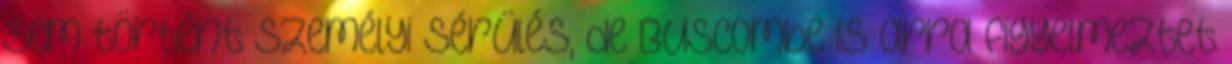
sem történt személyi sérülés, de Buscombe is arra figyelmeztet